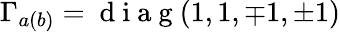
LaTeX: \Gamma_{a(b)}=\mathrm{~d~i~a~g~}(1,1,\mp 1,\pm 1)